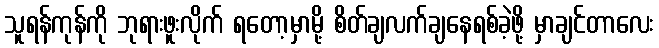
သူရန်ကုန်ကို ဘုရားဖူးလိုက် ရတော့မှာမို့ စိတ်ချလက်ချနေရစ်ခဲ့ဖို့ မှာချင်တာလေး